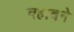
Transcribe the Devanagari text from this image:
वहाबने